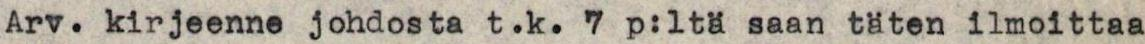
Arv. kirjeenne johdosta t.k. 7 p:ltä saan täten ilmoittaa